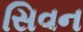
સિવન